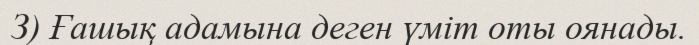
З) Ғашық адамына деген үміт оты оянады.